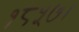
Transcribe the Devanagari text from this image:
१८५७।